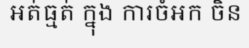
អត់ធ្មត់ ក្នុង ការចំអក ចិន